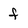
Character: f